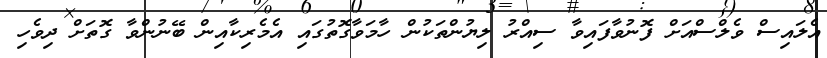
އެލައިސް ވެލްސްއަށް ފޮނުވާފައިވާ ސިއްރު ލިޔުންތަކުން ހާމަވާގޮތުގައި އެމެރިކާއިން ބޭނުންވާ ގޮތަށް ދިވެހި